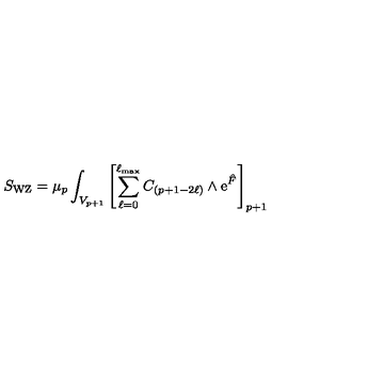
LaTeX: S _ { \mathrm { W Z } } = \mu _ { p } \int _ { V _ { p + 1 } } \left[ \sum _ { \ell = 0 } ^ { \ell _ { \mathrm { m a x } } } C _ { ( p + 1 - 2 \ell ) } \wedge \mathrm { e } ^ { \hat { F } } \right] _ { p + 1 }